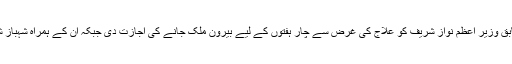
گزشتہ روز لاہور ہائی کورٹ نے سابق وزیر اعظم نواز شریف کو علاج کی غرض سے چار ہفتوں کے لیے بیرون ملک جانے کی اجازت دی جبکہ ان کے ہمراہ شہباز شریف بھی بیرون ملک جا سکیں گے۔